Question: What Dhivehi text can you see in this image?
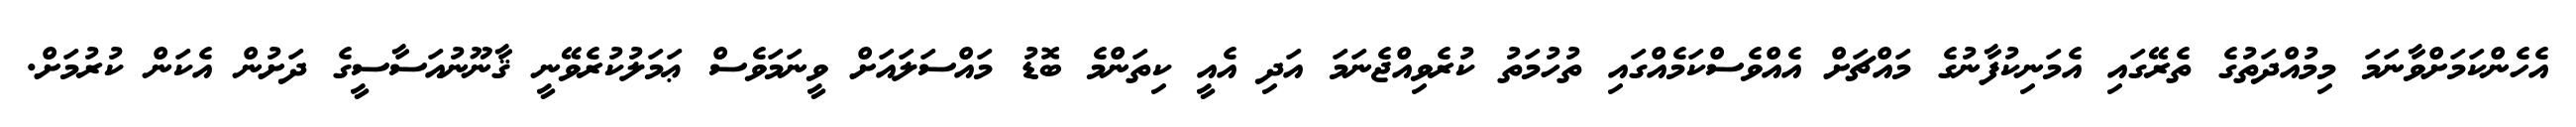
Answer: އެހެންކަމަށްވާނަމަ މިމުއްދަތުގެ ތެރޭގައި އެމަނިކުފާނުގެ މައްޗަށް އެއްވެސްކަމެއްގައި ތުހުމަތު ކުރެވިއްޖެނަމަ އަދި އެއީ ކިތަންމެ ބޮޑު މައްސަލައަށް ވީނަމަވެސް ޢަމަލުކުރެވޭނީ ޤާނޫނުއަސާސީގެ ދަށުން އެކަން ކުރުމަށް.